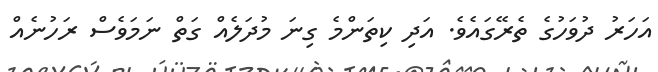
އަހަރު ދުވަހުގެ ތެރޭގައެވެ. އަދި ކިތަންމެ ގިނަ މުދަލެއް ގަތް ނަމަވެސް ރަހުނެއް